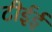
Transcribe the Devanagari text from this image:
टीईई